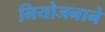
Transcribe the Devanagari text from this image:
नियोजनाने